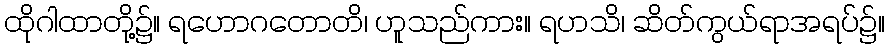
ထိုဂါထာတို့၌။ ရဟောဂတောတိ၊ ဟူသည်ကား။ ရဟသိ၊ ဆိတ်ကွယ်ရာအရပ်၌။